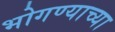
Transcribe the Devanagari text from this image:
भोगण्याच्या